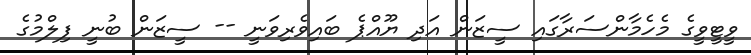
ވީޓީވީގެ މެހެމާންސަރާގައި ސީޒަން އަދި ޔޫއްޕެ ބައިވެރިވަނީ -- ސީޒަން ބުނީ ފިލްމުގެ